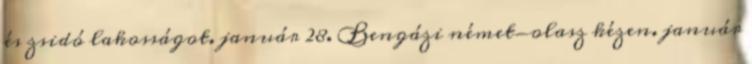
és zsidó lakosságot. január 28. Bengázi német-olasz kézen. január